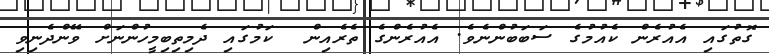
ގޮތުގައި އެއުރެން ކެއުމުގެ ސަބަބުންނެވެ. އެއުރެންގެ ތެރެއިން  ކަމުގައި ދެމިތިބިމީހުންނަށް ވޭންދެނިވި